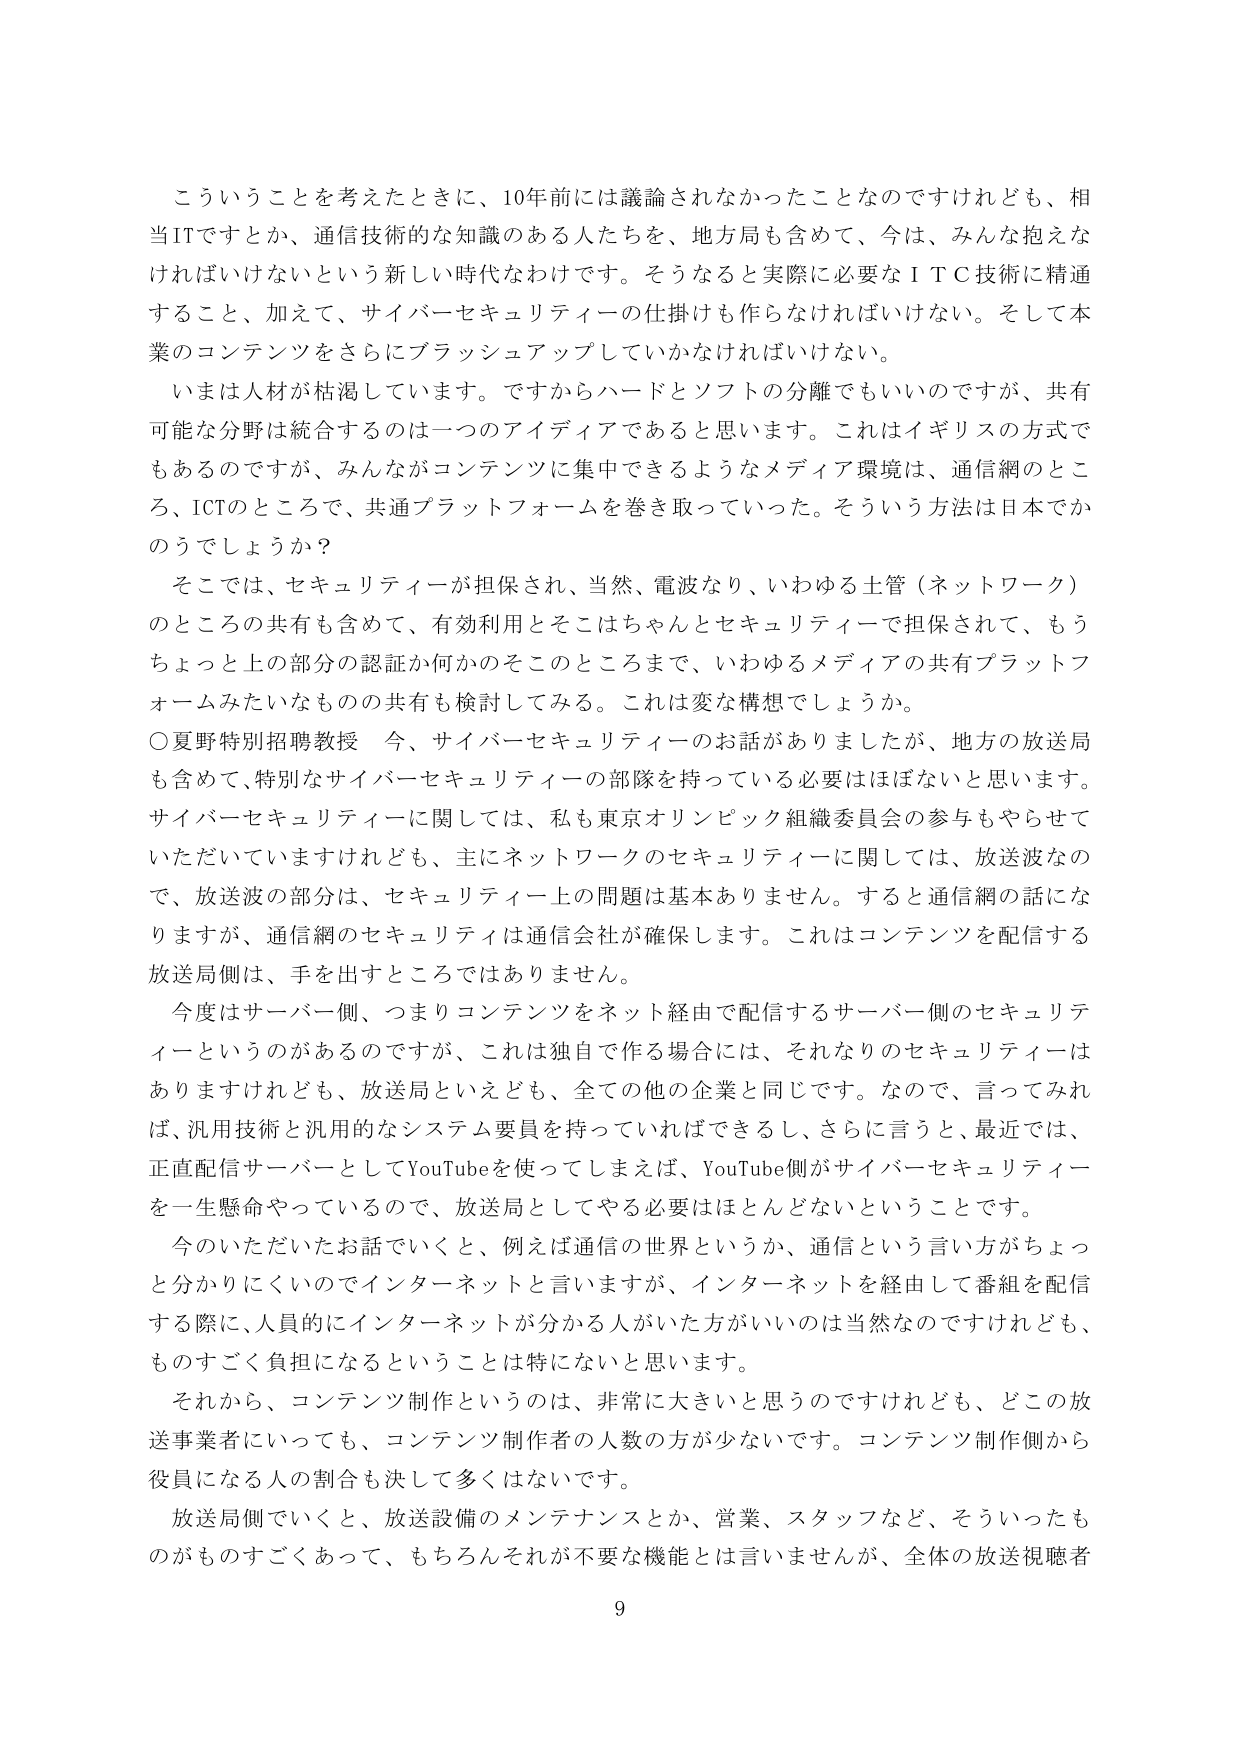
こういうことを考えたときに、10年前には議論されなかったことなのですがけれども、相当ITですとか、通信技術的な知識のある人たちを、地方局も含めて、今は、みんな抱えなければならないという新しい時代なわけです。そうなると実際に必要なＩＴＣ技術に精通すること、加えて、サイバーセキュリティの仕掛けも作らなければならない。そして本業のコンテンツをさらにブラッシュアップしていかなければならない。

いまは人材が枯渇しています。ですからハードとソフトの分離でもいいのですが、共有可能な分野は統合するのは一つのアイディアであると思います。これはイギリスの方式でもあるのですが、みんながコンテンツに集中できるようなメディア環境は、通信網のところ、ICTのところで、共通プラットフォームを巻き取っていった。そういう方法は日本でかのうでしょうか？

そこでは、セキュリティが担保され、当然、電波なり、いわゆる土管（ネットワーク）のところの共有も含めて、有効利用とそこはちゃんとセキュリティで担保されて、もうちょっと上の部分の認証か何かのそのところまで、いわゆるメディアの共有プラットフォームみたいなものの共有も検討してみる。これは変な構想でしょうか。

○夏野特別招聘教授　今、サイバーセキュリティのお話がありましたか、地方の放送局も含めて、特別なサイバーセキュリティの部隊を持っている必要はほぼないと思います。サイバーセキュリティに関しては、私も東京オリンピック組織委員会の参与もやらせていただいていますけれども、主にネットワークのセキュリティに関しては、放送波なので、放送波の部分は、セキュリティ上の問題は基本ありません。すると通信網の話になりますが、通信網のセキュリティは通信会社が確保します。これはコンテンツを配信する放送局側は、手を出すところではありません。

今度はサーバー側、つまりコンテンツをネット経由で配信するサーバー側のセキュリティというのがあるのですが、これは独自で作る場合には、それなりのセキュリティはありますけれども、放送局といえども、全ての他の企業と同じです。なので、言ってみれば、汎用技術と汎用的なシステム要員を持っていればできるし、さらに言うと、最近では、正直配信サーバーとしてYouTubeを使ってしまえば、YouTube側がサイバーセキュリティを一生懸命やっているので、放送局としてやる必要はほとんどないということです。

今のいただいたお話でいくと、例えば通信の世界というか、通信という言い方がちょっと分かりにくいのでインターネットと言いますが、インターネットを経由して番組を配信する際に、人件的にインターネットが分かる人がいた方がいいのは当然なのですがけれども、ものすごく負担になるということは特にないと思います。

それから、コンテンツ制作というのは、非常に大きいと思うのですけれども、どこの放送事業者にいても、コンテンツ制作者の人数の方が少ないです。コンテンツ制作側から役員になる人の割合も決して多くはないです。

放送局側でいくと、放送設備のメンテナンスとか、営業、スタッフなど、そういったものがものすごくあって、もちろんそれが不要な機能とは言いませんが、全体の放送視聴者

9